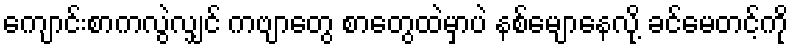
ကျောင်းစာကလွဲလျှင် ကဗျာတွေ စာတွေထဲမှာပဲ နစ်မျောနေလို့ ခင်မေတင့်ကို